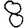
Digit: 8